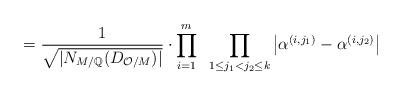
LaTeX: \begin{align*}=\frac{1}{\sqrt{|N_{M/\mathbb{Q}}(D_{\mathcal{O}/M})|}}\cdot\prod_{i=1}^{m}\;\;\prod_{1\leq j_{1}<j_{2}\leq k}\left\vert \alpha^{(i,j_{1})}-\alpha^{(i,j_{2})}\right\vert \end{align*}